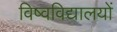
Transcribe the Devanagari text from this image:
विष्वविद्यालयों